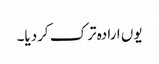
یوں ارادہ ترک کردیا۔